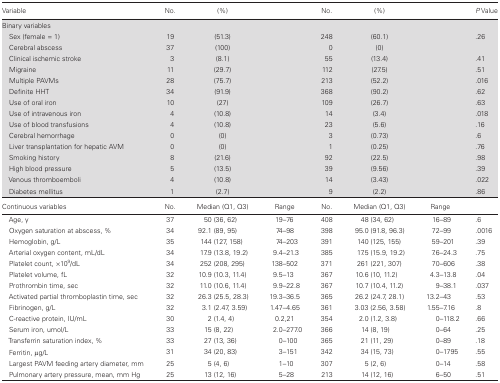
<table><thead><tr><td><b>Variable</b></td><td><b>No.</b></td><td><b>(%)</b></td><td></td><td><b>No.</b></td><td><b>(%)</b></td><td></td><td><b><i>P</i> Value</b></td></tr></thead><tbody><tr><td colspan="8">Binary variables</td></tr><tr><td> Sex (female = 1)</td><td>19</td><td>(51.3)</td><td></td><td>248</td><td>(60.1)</td><td></td><td>.26</td></tr><tr><td> Cerebral abscess</td><td>37</td><td>(100)</td><td></td><td>0</td><td>(0)</td><td></td><td></td></tr><tr><td> Clinical ischemic stroke</td><td>3</td><td>(8.1)</td><td></td><td>55</td><td>(13.4)</td><td></td><td>.41</td></tr><tr><td> Migraine</td><td>11</td><td>(29.7)</td><td></td><td>112</td><td>(27.5)</td><td></td><td>.51</td></tr><tr><td> Multiple PAVMs</td><td>28</td><td>(75.7)</td><td></td><td>213</td><td>(52.2)</td><td></td><td>.016</td></tr><tr><td> Definite HHT</td><td>34</td><td>(91.9)</td><td></td><td>368</td><td>(90.2)</td><td></td><td>.62</td></tr><tr><td> Use of oral iron</td><td>10</td><td>(27)</td><td></td><td>109</td><td>(26.7)</td><td></td><td>.63</td></tr><tr><td> Use of intravenous iron</td><td>4</td><td>(10.8)</td><td></td><td>14</td><td>(3.4)</td><td></td><td>.018</td></tr><tr><td> Use of blood transfusions</td><td>4</td><td>(10.8)</td><td></td><td>23</td><td>(5.6)</td><td></td><td>.16</td></tr><tr><td> Cerebral hemorrhage</td><td>0</td><td>(0)</td><td></td><td>3</td><td>(0.73)</td><td></td><td>.6</td></tr><tr><td> Liver transplantation for hepatic AVM</td><td>0</td><td>(0)</td><td></td><td>1</td><td>(0.25)</td><td></td><td>.76</td></tr><tr><td> Smoking history</td><td>8</td><td>(21.6)</td><td></td><td>92</td><td>(22.5)</td><td></td><td>.98</td></tr><tr><td> High blood pressure</td><td>5</td><td>(13.5)</td><td></td><td>39</td><td>(9.56)</td><td></td><td>.39</td></tr><tr><td> Venous thromboemboli</td><td>4</td><td>(10.8)</td><td></td><td>14</td><td>(3.43)</td><td></td><td>.022</td></tr><tr><td> Diabetes mellitus</td><td>1</td><td>(2.7)</td><td></td><td>9</td><td>(2.2)</td><td></td><td>.86</td></tr><tr><td>Continuous variables</td><td>No.</td><td>Median (Q1, Q3)</td><td>Range</td><td>No.</td><td>Median (Q1, Q3)</td><td>Range</td><td></td></tr><tr><td> Age, y</td><td>37</td><td>50 (36, 62)</td><td>19–76</td><td>408</td><td>48 (34, 62)</td><td>16–89</td><td>.6</td></tr><tr><td> Oxygen saturation at abscess, %</td><td>34</td><td>92.1 (89, 95)</td><td>74–98</td><td>398</td><td>95.0 (91.8, 96.3)</td><td>72–99</td><td>.0016</td></tr><tr><td> Hemoglobin, g/L</td><td>35</td><td>144 (127, 158)</td><td>74–203</td><td>391</td><td>140 (125, 155)</td><td>59–201</td><td>.39</td></tr><tr><td> Arterial oxygen content, mL/dL</td><td>34</td><td>17.9 (13.8, 19.2)</td><td>9.4–21.3</td><td>385</td><td>17.5 (15.9, 19.2)</td><td>7.6–24.3</td><td>.75</td></tr><tr><td> Platelet count, ×10<sup>9</sup>/dL</td><td>34</td><td>252 (208, 295)</td><td>138–502</td><td>371</td><td>261 (221, 307)</td><td>70–606</td><td>.38</td></tr><tr><td> Platelet volume, fL</td><td>32</td><td>10.9 (10.3, 11.4)</td><td>9.5–13</td><td>367</td><td>10.6 (10, 11.2)</td><td>4.3–13.8</td><td>.04</td></tr><tr><td> Prothrombin time, sec</td><td>32</td><td>11.0 (10.6, 11.4)</td><td>9.9–22.8</td><td>367</td><td>10.7 (10.4, 11.2)</td><td>9–38.1</td><td>.037</td></tr><tr><td> Activated partial thromboplastin time, sec</td><td>32</td><td>26.3 (25.5, 28.3)</td><td>19.3–36.5</td><td>365</td><td>26.2 (24.7, 28.1)</td><td>13.2–43</td><td>.53</td></tr><tr><td> Fibrinogen, g/L</td><td>32</td><td>3.1 (2.47, 3.59)</td><td>1.47–4.65</td><td>361</td><td>3.03 (2.56, 3.58)</td><td>1.55–7.16</td><td>.8</td></tr><tr><td> C-reactive protein, IU/mL</td><td>30</td><td>2 (1.4, 4)</td><td>0.2,21</td><td>354</td><td>2.0 (1.2, 3.8)</td><td>0–118.2</td><td>.66</td></tr><tr><td> Serum iron, umol/L</td><td>33</td><td>15 (8, 22)</td><td>2.0–277.0</td><td>366</td><td>14 (8, 19)</td><td>0–64</td><td>.25</td></tr><tr><td> Transferrin saturation index, %</td><td>33</td><td>27 (13, 36)</td><td>0–100</td><td>365</td><td>21 (11, 29)</td><td>0–89</td><td>.18</td></tr><tr><td> Ferritin, μg/L</td><td>31</td><td>34 (20, 83)</td><td>3–151</td><td>342</td><td>34 (15, 73)</td><td>0–1795</td><td>.55</td></tr><tr><td> Largest PAVM feeding artery diameter, mm</td><td>25</td><td>5 (4, 6)</td><td>1–10</td><td>307</td><td>5 (2, 6)</td><td>0–14</td><td>.58</td></tr><tr><td> Pulmonary artery pressure, mean, mm Hg</td><td>25</td><td>13 (12, 16)</td><td>5–28</td><td>213</td><td>14 (12, 16)</td><td>6–50</td><td>.51</td></tr></tbody></table>